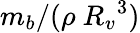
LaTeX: m_{b}/(\rho{\ R_{v}}^{3})